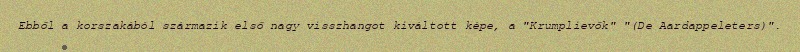
Ebből a korszakából származik első nagy visszhangot kiváltott képe, a "Krumplievők" "(De Aardappeleters)".